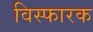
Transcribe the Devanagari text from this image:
विस्फारक